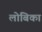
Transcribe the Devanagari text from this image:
लोबिका